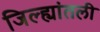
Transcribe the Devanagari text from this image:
जिल्ह्यांतली